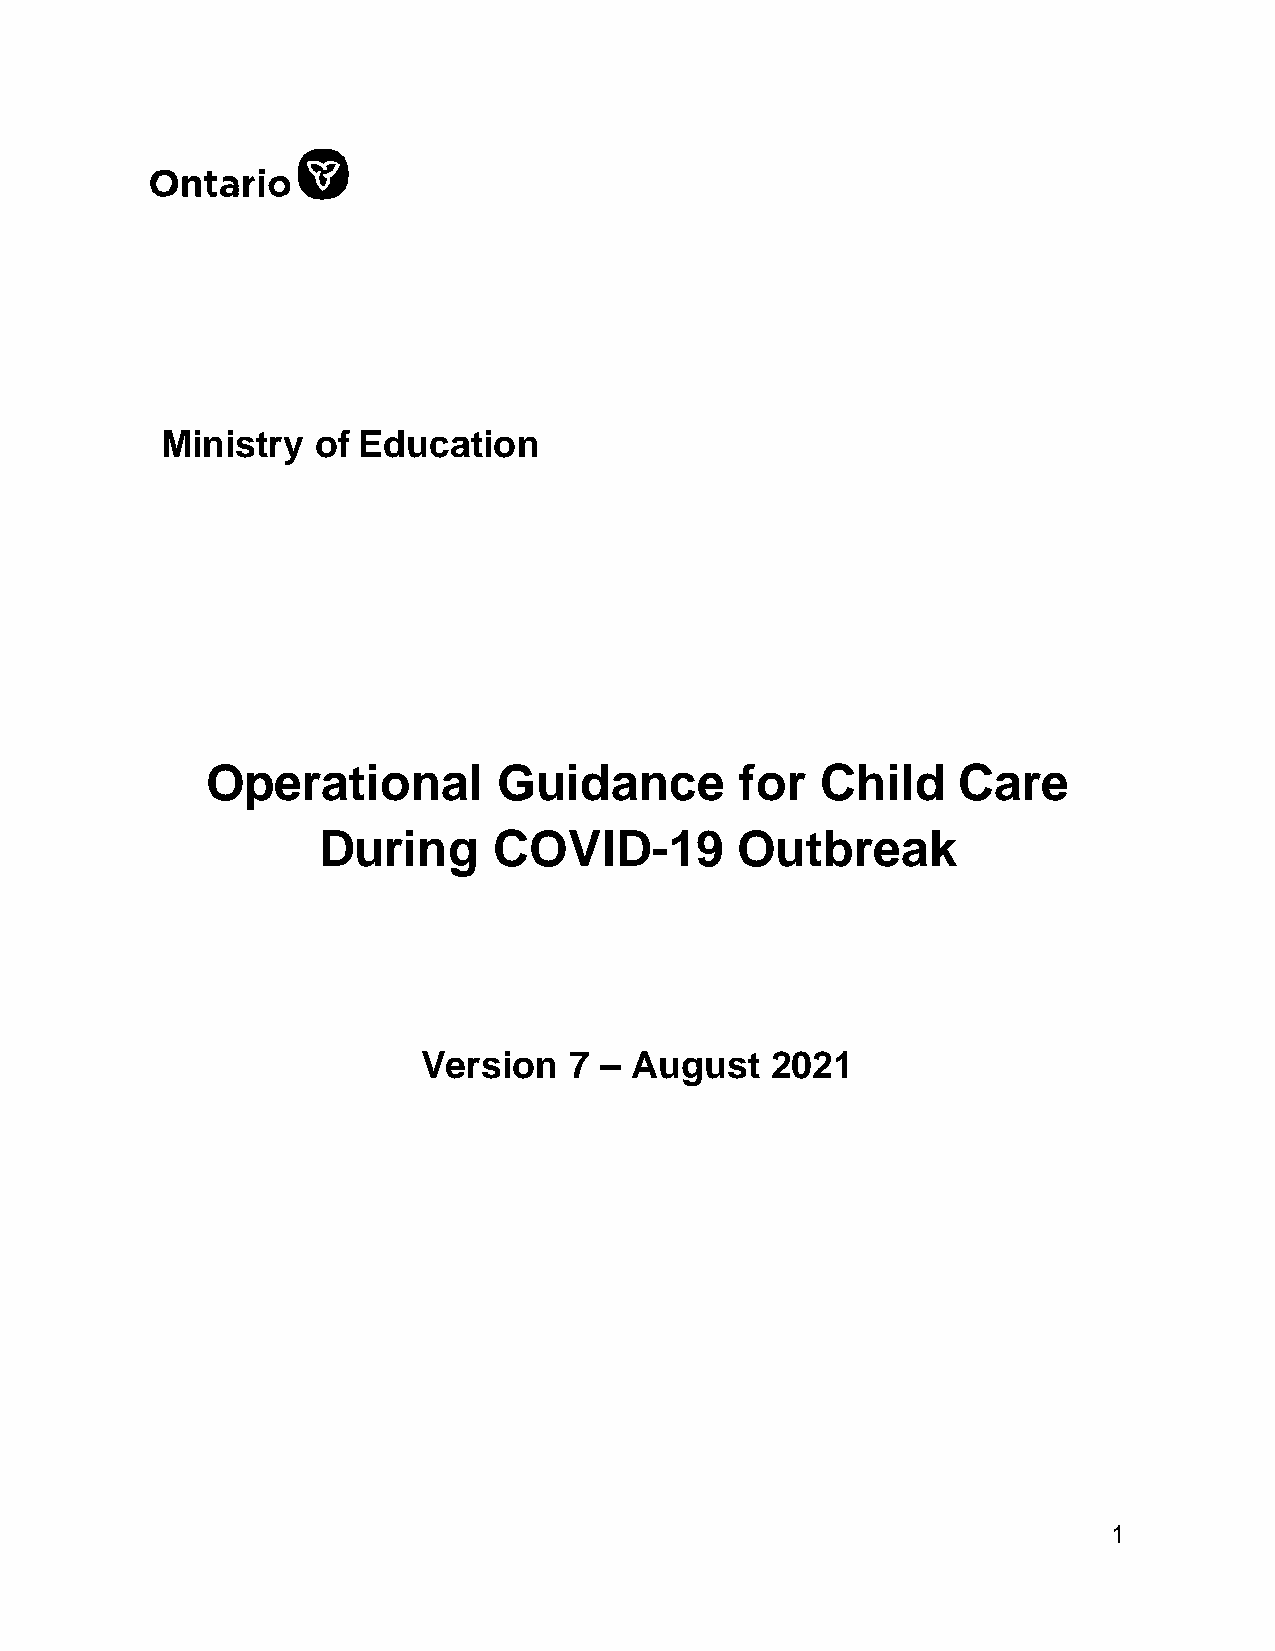
Ministry  of Education
 Operational        Guidance        for  Child    Care
 During      COVID-19        Outbreak
 Version   7 – August   2021
 1